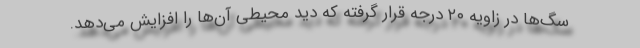
سگ‌ها در زاویه ۲۰ درجه قرار گرفته که دید محیطی آن‌ها را افزایش می‌دهد.